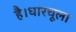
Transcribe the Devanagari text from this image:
है।धारचूला